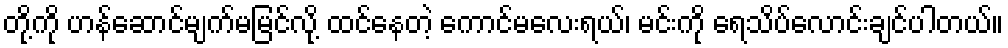
တို့ကို ဟန်ဆောင်မျက်မမြင်လို့ ထင်နေတဲ့ ကောင်မလေးရယ်၊ မင်းကို ရေသိပ်လောင်းချင်ပါတယ်။